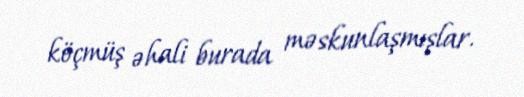
köçmüş əhali burada məskunlaşmışlar.